Leaving Certificate Examination, 1912
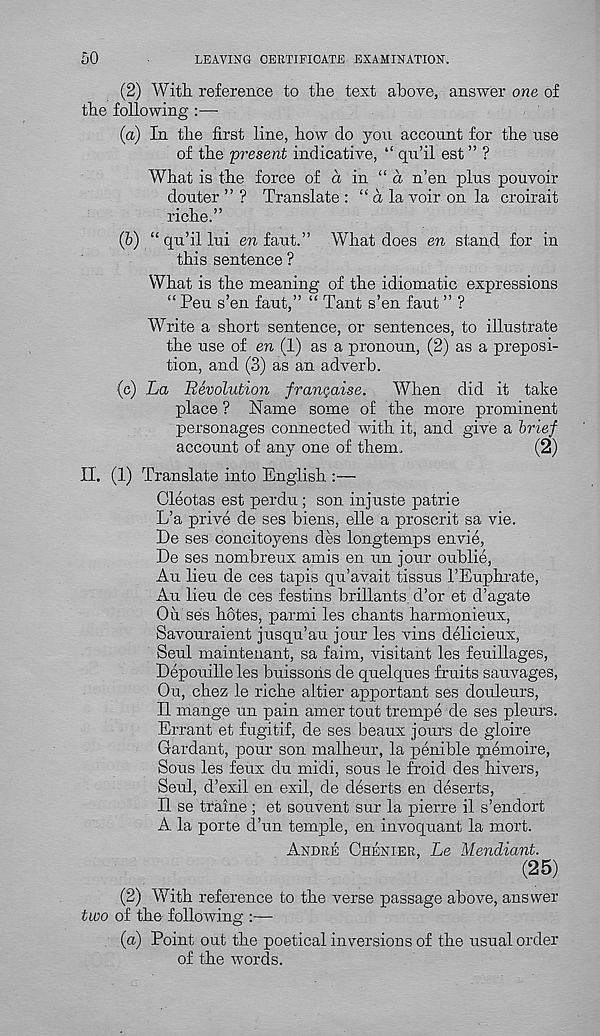
50
LEAVING CERTIFICATE EXAMINATION.
(2) With reference to the text above, answer one of
the following :—
(a) In the first line, how do yon account for the use
of the 'present indicative, “ qu’il est ” ?
What is the force of a in “ a n’en plus pouvoir
douter ” ? Translate : “ a la voir on la croirait
riche.”
(b) “ qu’il lui en faut.” What does en stand for in
this sentence ?
What is the meaning of the idiomatic expressions
“ Peu s’en faut,” “ Tant s’en faut ” ?
Write a short sentence, or sentences, to illustrate
the use of en (1) as a pronoun, (2) as a preposi-
tion, and (3) as an adverb.
(c) La Revolution fran^aise.
When did it take
place ? Name some of the more prominent
personages connected with it, and give a brief
account of any one of them.
(2)
II. (I) Translate into English :—
Cleotas est perdu; son injuste patrie
L’a prive de ses biens, elle a proscrit sa vie.
De ses concitoyens des longtemps envie,
De ses nombreux amis en un jour oublie,
An lieu de ces tapis qu’avait tissus TEuphrate,
An lieu de ces festins brillants. d’or et d’agate
On ses hotes, parmi les chants harmonieux,
Savouraient jusqu’au jour les vins delicieux,
Seul maintenant, sa faim, visitant les feuillages,
Depouille les buissons de quelques fruits sauvages,
Ou, chez le riche altier apportant ses douleurs,
II mange un pain amertont trempe de ses pleurs.
Errant et fugitif, de ses beaux jours de gloire
Gardant, pour son malheur, la penible piemoire,
Sous les feux du midi, sous le froid des hivers,
Seul, d’exil en exil, de deserts en deserts,
II se traine; et souvent sur la pierre il s’endort
A la porte d’un temple, en invoquant la mort.
Andre Chenier, Le Mendiant.
(25)
(2) With reference to the verse passage above, answer
two of the following :—
(a) Point out the poetical inversions of the usual order
of the words.